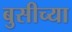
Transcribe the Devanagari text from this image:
बुसीच्या